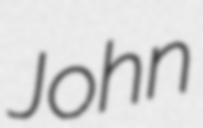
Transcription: John